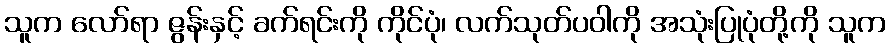
သူက လော်ရာ ဇွန်းနှင့် ခက်ရင်းကို ကိုင်ပုံ၊ လက်သုတ်ပဝါကို အသုံးပြုပုံတို့ကို သူက